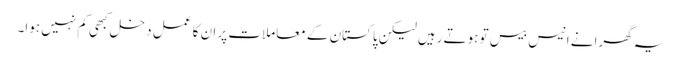
یہ گھرانے انیس بیس تو ہوتے رہیں لیکن پاکستان کے معاملات پر ان کا عمل دخل کبھی کم نہیں ہوا۔